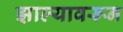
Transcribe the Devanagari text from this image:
झाल्यावरून